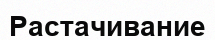
Растачивание